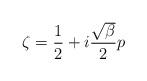
LaTeX: \begin{align*}\zeta= \frac{1}{2} + i \frac{\sqrt{\beta}}{2} p\end{align*}